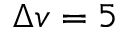
\Delta v = 5